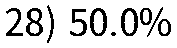
28) 50.0%